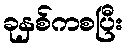
ခုနှစ်ကစပြီး